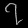
Digit: ၇